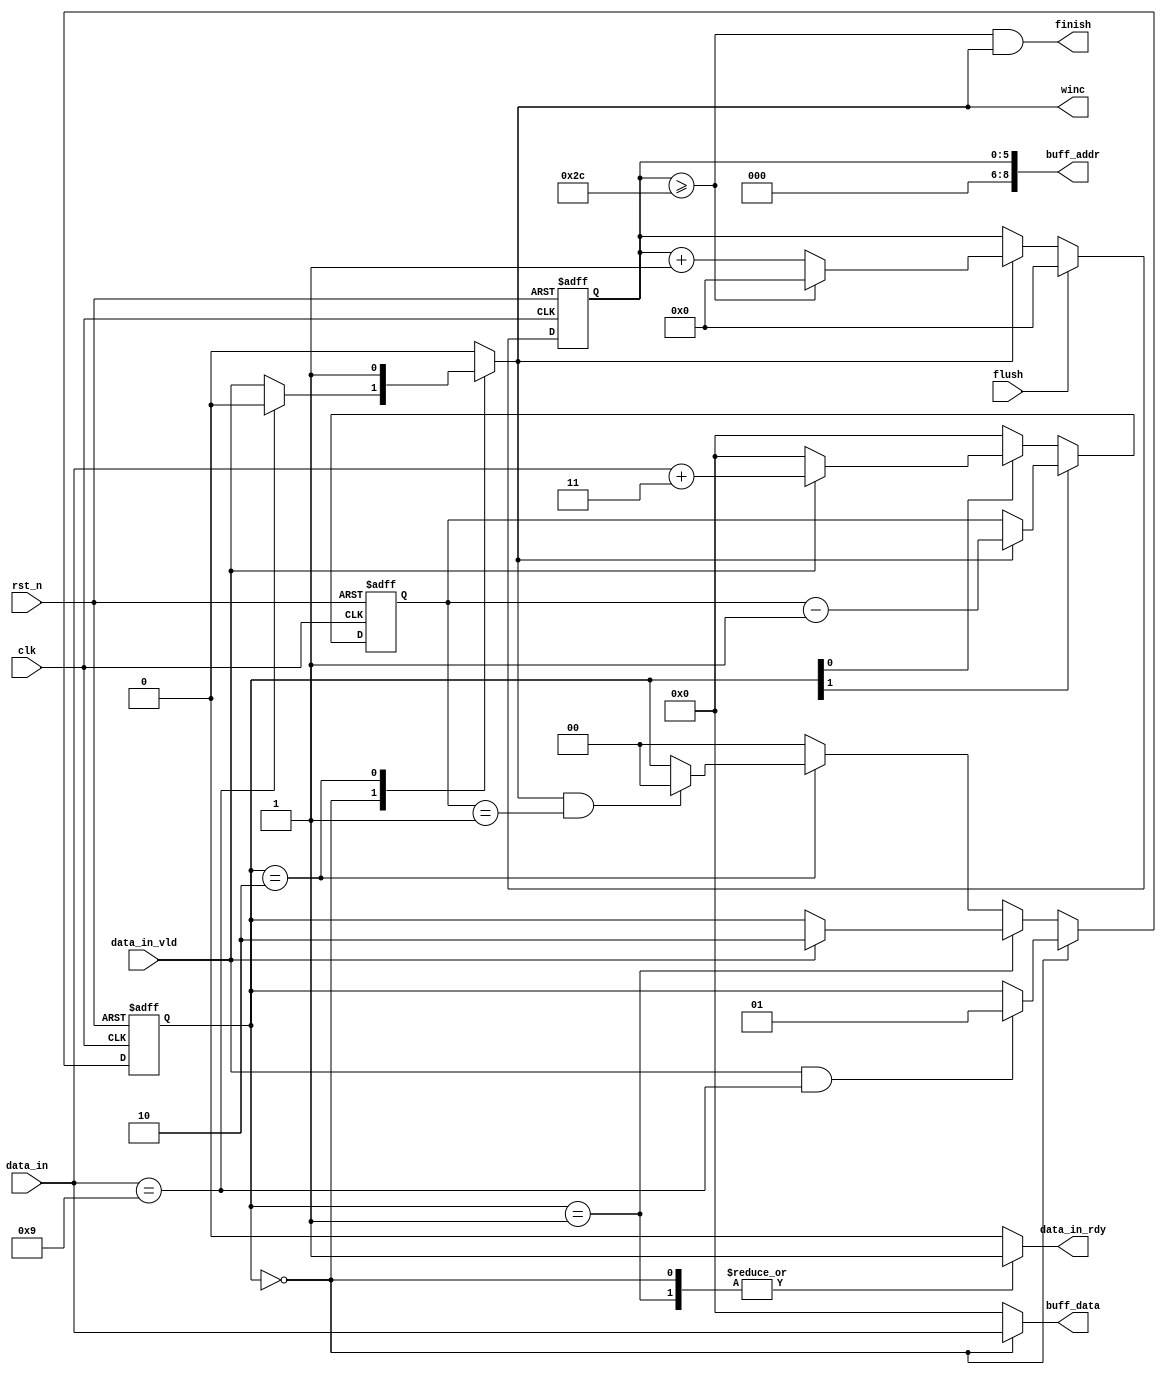
module sq_extractor(
    input            clk,rst_n,
    input            flush,
    input [4:0]      data_in,
    input            data_in_vld,
    output reg       data_in_rdy,
    output [8:0]     buff_addr,
    output reg [4:0] buff_data,
    output reg       winc,
    output           finish
);

    reg [5:0] tree_cnt;
    reg [4:0] zero_cnt;
    reg [4:0] nxt_zero_cnt;
    reg [1:0] writting_zero;
    reg [1:0] nxt_writting_zero;
    
    always @(posedge clk or negedge rst_n)begin
        if(rst_n == 1'b0)begin
            tree_cnt <= 6'b0;
        end
        else begin
            if(flush == 1'b1)begin
                tree_cnt <= 6'd0;
            end
            else begin
                if(winc == 1'b1)begin
                    if(tree_cnt >= 6'b101100)begin
                        tree_cnt <= 6'd0;
                    end
                    else begin
                        tree_cnt <= tree_cnt + 1'b1;
                    end
                end
                else begin
                    tree_cnt <= tree_cnt;
                end
            end
        end
    end

    always @(posedge clk or negedge rst_n)begin
        if(rst_n == 1'b0)begin
            zero_cnt <= 5'b0;
        end
        else begin
            zero_cnt <= nxt_zero_cnt;
        end
    end

    always @* begin
        if(writting_zero[1] == 1'b1)begin
            if(winc == 1'b1)begin
                nxt_zero_cnt = zero_cnt - 1'b1;
            end
            else begin
                nxt_zero_cnt = zero_cnt;
            end
        end
        else if(writting_zero[0] == 1'b1) begin
            if(data_in_vld == 1'b1)begin
                nxt_zero_cnt = data_in + 5'b00011;
            end
            else begin
                nxt_zero_cnt = 5'b0;
            end
        end
        else begin
            nxt_zero_cnt = 5'b0;
        end
    end

    always @(posedge clk or negedge rst_n) begin
        if(rst_n == 1'b0)begin
            writting_zero <= 2'b00;
        end
        else begin
            writting_zero <= nxt_writting_zero;
        end
    end

    always @* begin
        if(writting_zero == 2'b00)begin
            if((data_in_vld == 1'b1) && (data_in == 5'b01001))begin
                nxt_writting_zero = 2'b01;
            end
            else begin
                nxt_writting_zero = writting_zero;
            end
        end
        else if(writting_zero == 2'b01)begin
            if(data_in_vld == 1'b1)begin
                nxt_writting_zero = 2'b10;
            end
            else begin
                nxt_writting_zero = writting_zero;
            end
        end
        else if(writting_zero == 2'b10)begin
            if((winc == 1'b1) && (zero_cnt == 5'b00001))begin
                nxt_writting_zero = 2'b00;
            end
            else begin
                nxt_writting_zero = writting_zero;
            end
        end
        else begin
            nxt_writting_zero = 2'b00;
        end
    end

    //output logic
    always @* begin
        case(writting_zero)
            2'b00:begin
                data_in_rdy = 1'b1;
                buff_data   = data_in;
                winc        = (data_in == 5'b01001) ? 1'b0 : data_in_vld;
            end
            2'b01:begin
                data_in_rdy = 1'b1;
                buff_data   = 5'b0;
                winc        = 1'b0;
            end
            2'b10:begin
                data_in_rdy = 1'b0;
                buff_data   = 5'b0;
                winc        = 1'b1;
            end
            default:begin
                data_in_rdy = 1'b0;
                buff_data   = 5'b0;
                winc        = 1'b0;
            end
        endcase
    end

    assign finish    = (tree_cnt >= 6'b101100) & winc; 
    assign buff_addr = {3'b0,tree_cnt};

endmodule